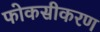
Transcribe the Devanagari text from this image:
फोकसीकरण